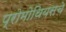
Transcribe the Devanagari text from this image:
प्रोमोथियसचे